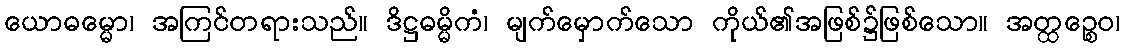
ယောဓမ္မော၊ အကြင်တရားသည်။ ဒိဋ္ဌဓမ္မိကံ၊ မျက်မှောက်သော ကိုယ်၏အဖြစ်၌ဖြစ်သော။ အတ္ထဉ္စေဝ၊